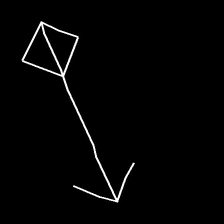
Glyph: focus